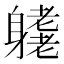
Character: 𨊁